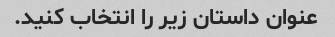
عنوان داستان زیر را انتخاب کنید.